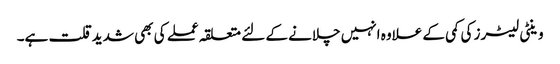
وینٹی لیٹرز کی کمی کے علاوہ انہیں چلانے کے لئے متعلقہ عملے کی بھی شدیدقلت ہے۔